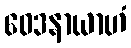
ဝေဒနာယာဟံ